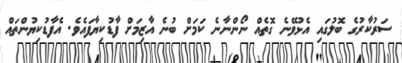
ސަރުކާރުގެ ބޮލުގައި އެޅުވޭނެ ގޮތެއް ނޯންނާނެ ކަމަށް ބުނެ އާޒިމަށް ފާޑުކިޔާފައެވެ. އެފާޑުކިޔުންތައް